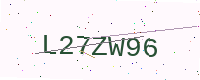
Text: L27ZW96